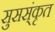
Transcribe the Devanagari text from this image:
सुसस्ंकृत